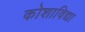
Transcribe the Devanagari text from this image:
कोशाविद्या